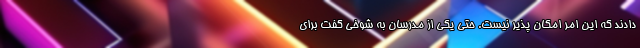
دادند که این امر امکان پذیر نیست. حتی یکی از مدرسان به شوخی گفت برای